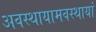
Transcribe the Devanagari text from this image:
अवस्थायामवस्थायां